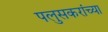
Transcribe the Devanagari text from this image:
पलुसकरांच्या